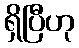
ရှိပြီဟု